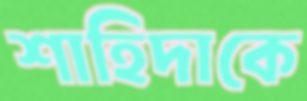
শাহিদাকে